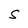
Character: S